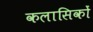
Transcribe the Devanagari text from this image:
कलासिकों